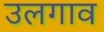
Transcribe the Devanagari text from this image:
उलगाव